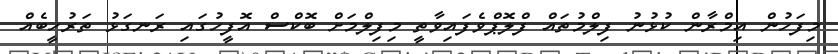
މިފަހުން އިމްރާން ކުޅުނު ފިލްމުތައް ފްލޮޕްވެފައިވާތީ މިފިލްމަށް ބޮކްސް އޮފީހުގައި ރަނގަޅު ތަރުހީބެއް